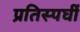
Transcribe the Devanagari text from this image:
प्रतिस्पर्घी